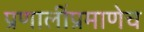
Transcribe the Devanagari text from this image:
प्रणालींप्रमाणेच